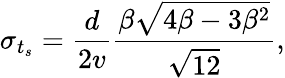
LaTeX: \sigma_{t_{s}}=\frac{d}{2v}\frac{\beta\sqrt{4\beta-3\beta^{2}}}{\sqrt{12}},